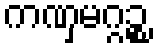
ကဏှမဂ္ဂဉ္စ